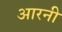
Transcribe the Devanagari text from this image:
आरनी